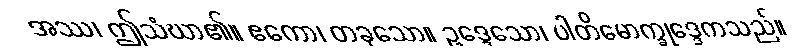
အဿ၊ ဤသံဃာ၏။ ဧကော၊ တခုသော။ ဥဒ္ဒေသော၊ ပါတိမောက္ခုဒ္ဒေကသည်။